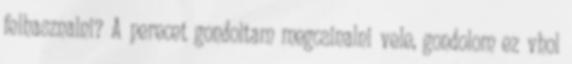
felhasznalni? A perecet gondoltam megcsinalni vele, gondolom ez vhol